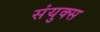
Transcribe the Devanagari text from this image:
संयुक्स